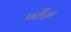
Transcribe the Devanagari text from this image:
पर्हेज़